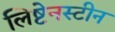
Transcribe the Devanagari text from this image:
लिष्टेनस्टीन